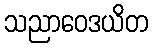
သညာဝေဒယိတ